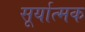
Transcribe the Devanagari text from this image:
सूर्यात्मक